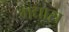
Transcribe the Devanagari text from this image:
गद्यास